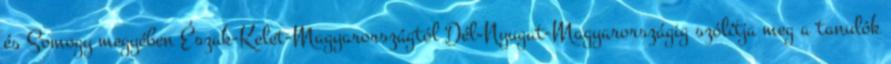
és Somogy megyében Észak-Kelet-Magyarországtól Dél-Nyugat-Magyarországig szólítja meg a tanulók